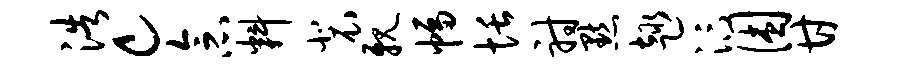
浩c念料裴亲幅恬射默趣汴困甘